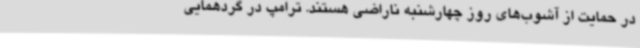
در حمایت از آشوب‌های روز چهارشنبه ناراضی هستند. ترامپ در گردهمایی